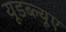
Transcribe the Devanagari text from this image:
यूडब्ल्यूए